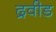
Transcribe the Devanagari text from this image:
द्रवीड